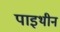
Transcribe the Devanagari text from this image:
पाइथीन